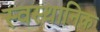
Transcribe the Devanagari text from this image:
स्वस्थानिक